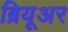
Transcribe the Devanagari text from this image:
ब्रियूअर